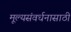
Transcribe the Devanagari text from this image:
मूल्यसंवर्धनासाठी